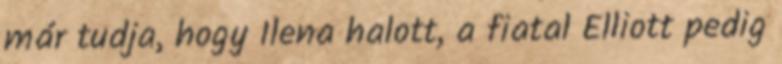
már tudja, hogy Ilena halott, a fiatal Elliott pedig